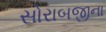
સોરાબજીના